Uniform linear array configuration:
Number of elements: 16
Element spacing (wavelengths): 0.75
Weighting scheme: hann
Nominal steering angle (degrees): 45
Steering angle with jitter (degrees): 46.702
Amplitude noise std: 0.05
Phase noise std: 0.05

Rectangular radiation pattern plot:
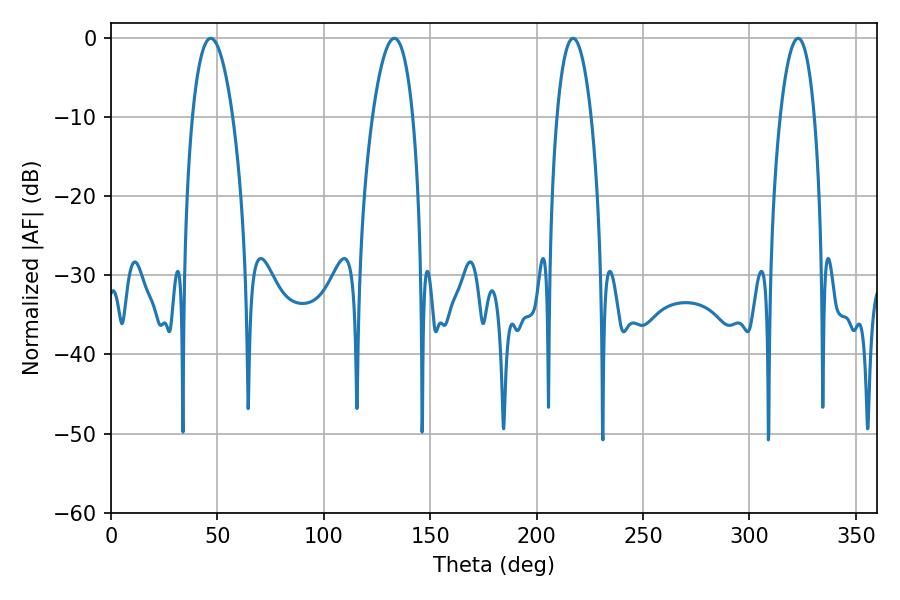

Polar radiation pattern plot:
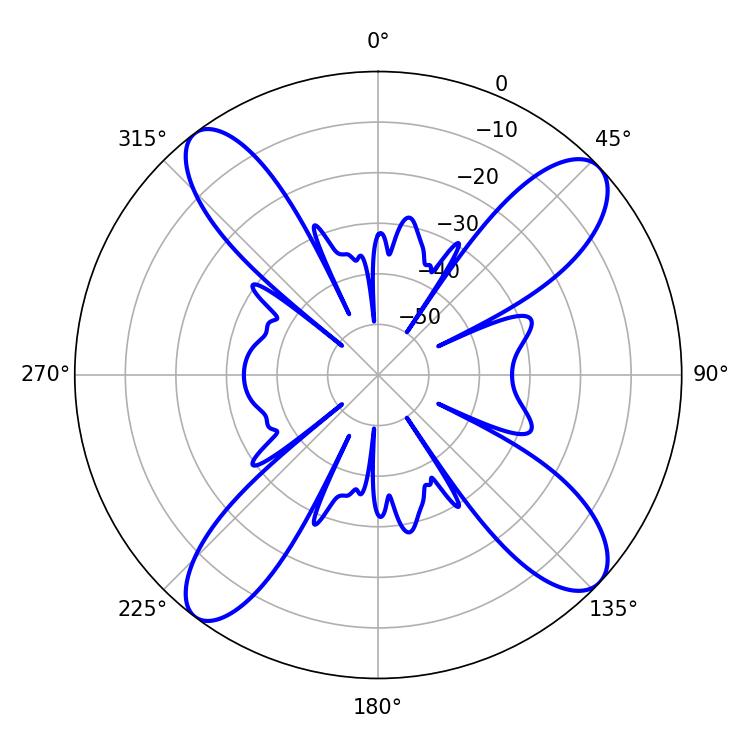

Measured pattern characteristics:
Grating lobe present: TRUE
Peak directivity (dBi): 13.679
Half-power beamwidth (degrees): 10.62
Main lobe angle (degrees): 46.8